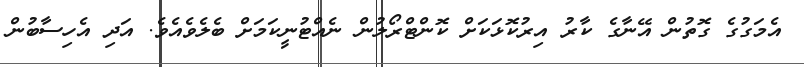
އެމަގުގެ ގޮތުން އޭނާގެ ކާރު އިރުކޮޅަކަށް ކޮންޓްރޯލުން ނެއްޓުނީކަމަށް ބެލެވެއެވެ. އަދި އެހިސާބުން